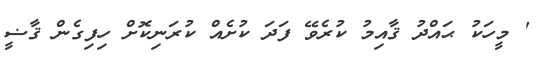
' މީހަކު ޙައްދު ޤާއިމު ކުރެވޭ ފަދަ ކުށެއް ކުރަނިކޮށް ހިފިގެން ޤާޟީ